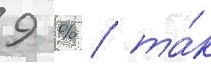
9 % / та́к